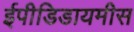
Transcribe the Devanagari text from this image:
ईपीडिडायमीस